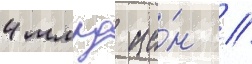
4 млрд ие́н //